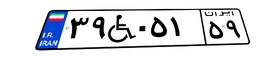
۳۹W۰۵۱۵۹